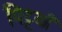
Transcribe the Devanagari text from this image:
मिट्टयाँ